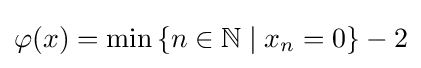
\varphi (x)=\min \left\{n\in \mathbb {N} \mid x_{n}=0\right\}-2